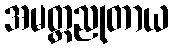
အမတ္တညုတာယ